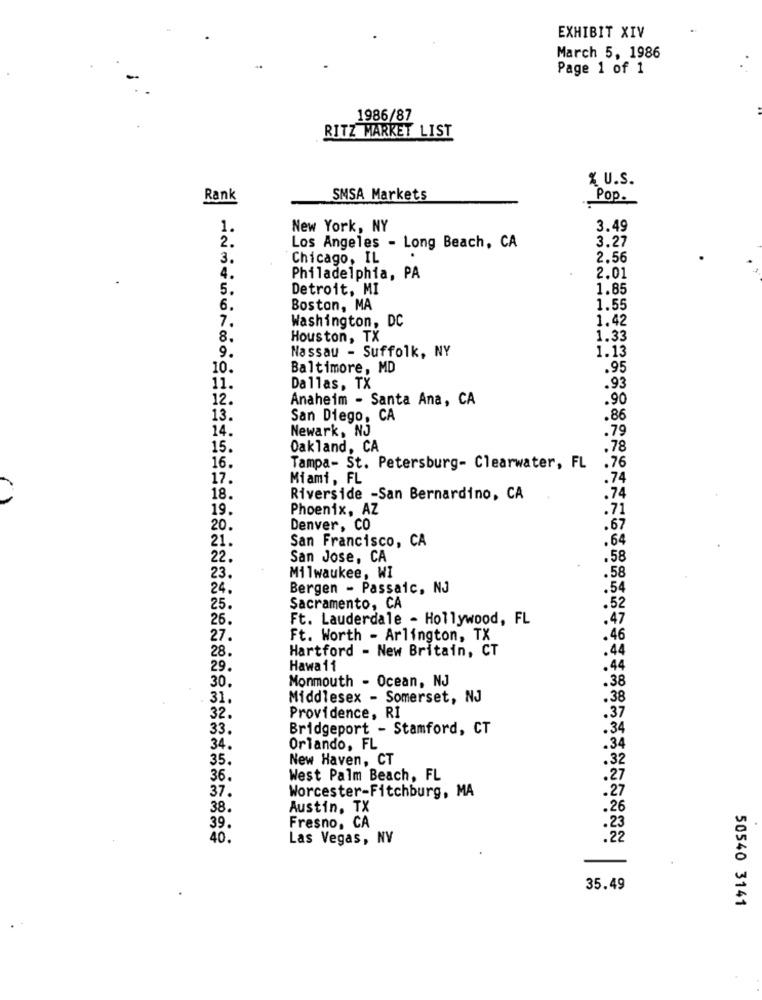
EXHIBIT XIV
March 5, 1986
Page 1 of 1
1986/87
RITZ MARKET LIST
% U.S.
Rank
SMSA Markets
Pop.
New York, NY
3.49
Los Angeles - Long Beach, CA
3.27
3.
Chicago, IL
2.56
4.
Philadelphia, PA
2.01
5.
Detroit, MI
1.85
6.
Boston, MA
1.55
1.42
7.
Washington, DC
8.
Houston, TX
1.33
1.13
9.
Nassau - Suffolk, NY
10.
Baltimore, MD
.95
11.
Dallas, TX
.93
12.
Anaheim - Santa Ana, CA
.90
13.
San Diego, CA
.86
14.
Newark, NJ
.79
15.
Oakland, CA
.78
16.
Tampa- St. Petersburg- Clearwater, FL
.76
17.
Miami, FL
.74
18.
Riverside -San Bernardino, CA
.74
19.
Phoenix, AZ
.71
20.
Denver, CO
.67
21.
San Francisco, CA
.64
22.
San Jose, CA
.58
23.
Milwaukee, WI
.58
24.
Bergen - Passaic, NJ
.54
25.
Sacramento, CA
.52
26.
Ft. Lauderdale - Hollywood, FL
.47
27.
Ft. Worth - Arlington, TX
.46
28.
.44
Hartford - New Britain, CT
29.
Hawa 11
Monmouth - Ocean, NJ
30.
38
31.
Middlesex - Somerset, NJ
38
32.
Providence, RI
33.
Bridgeport - Stamford, CT
.34
34.
Orlando, FL
.34
35.
New Haven, CT
36.
West Palm Beach, FL
37.
Worcester-Fitchburg, MA
38.
Austin, TX
39.
Fresno, CA
40.
Las Vegas, NV
35.49
50540 3141